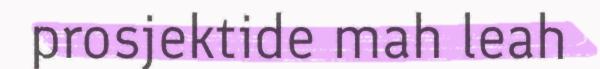
prosjektide mah leah